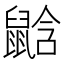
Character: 𪕛